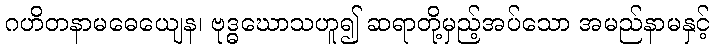
ဂဟိတနာမဓေယျေန၊ ဗုဒ္ဓဃောသဟူ၍ ဆရာတို့မှည့်အပ်သော အမည်နာမနှင့်